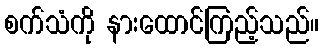
စက်သံကို နားထောင်ကြည့်သည်။